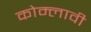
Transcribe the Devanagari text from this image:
कोम्लावी